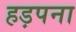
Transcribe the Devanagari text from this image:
हड़पना